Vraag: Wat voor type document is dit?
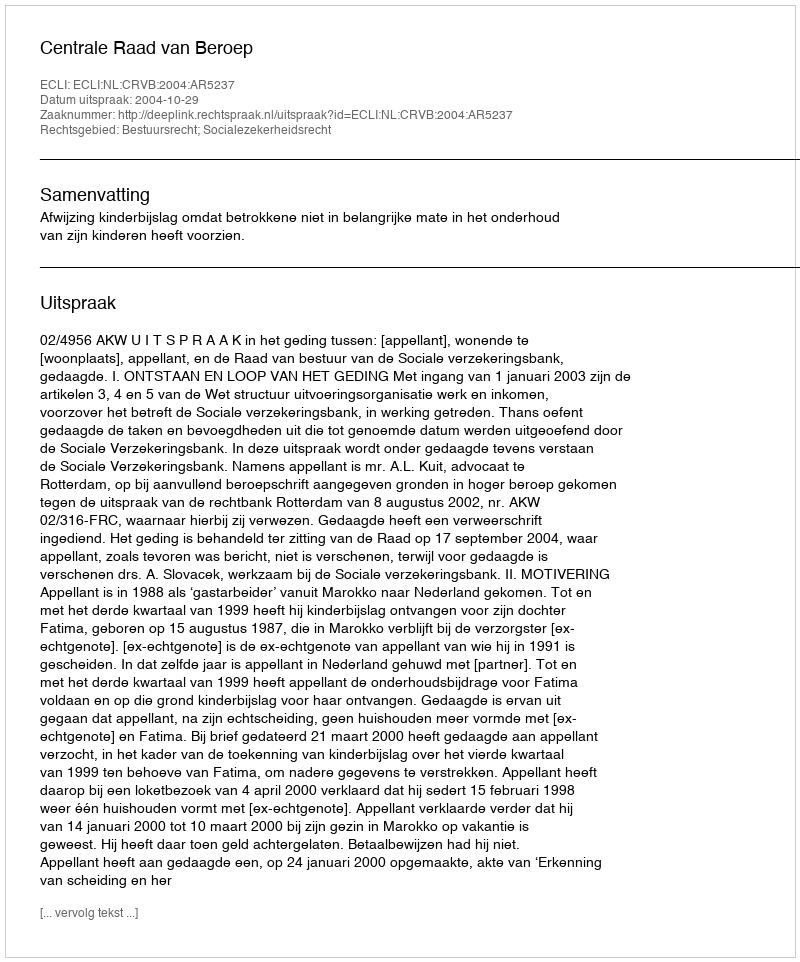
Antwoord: Uitspraak